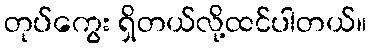
တုပ်ကွေး ရှိတယ်လို့ထင်ပါတယ်။